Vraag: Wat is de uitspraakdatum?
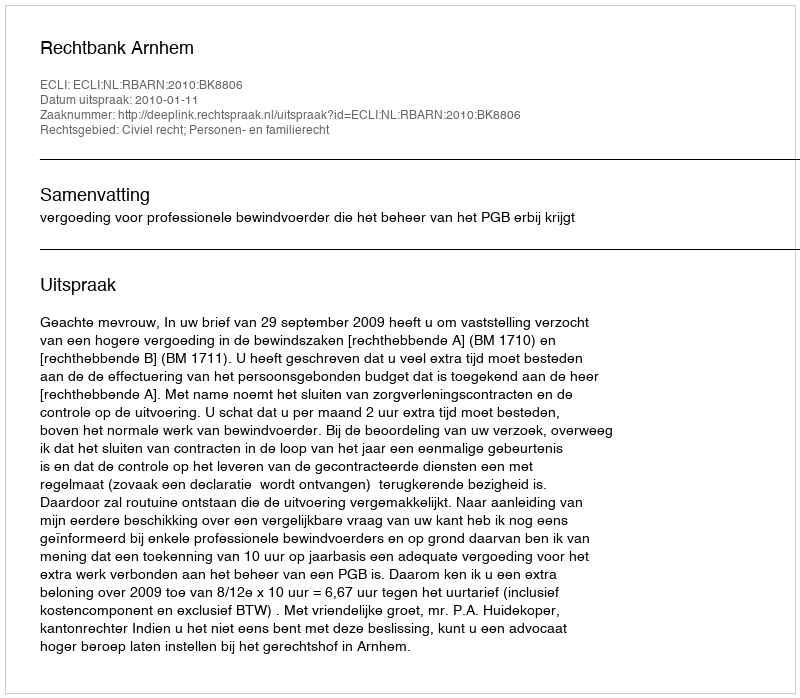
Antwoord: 2010-01-11